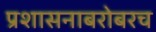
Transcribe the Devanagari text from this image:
प्रशासनाबरोबरच